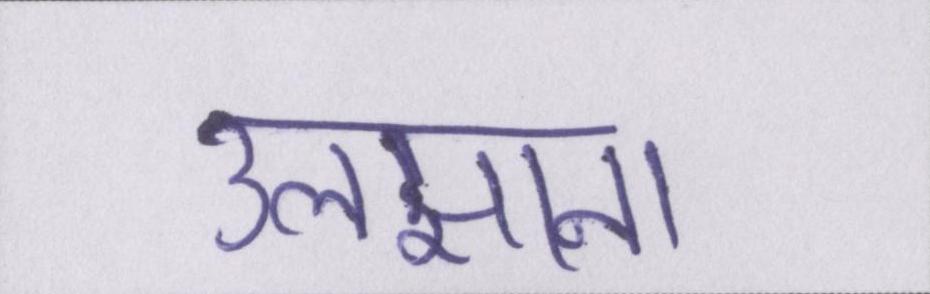
उलझाना